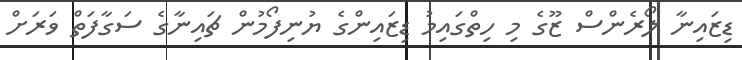
ޑިޒައިނާ ލޯރެންސް ޒޫގެ މި ހިތްގައިމު ޑިޒައިންގެ ޔުނިފޯމުން ޗައިނާގެ ސަގާފަތް ވަރަށް